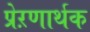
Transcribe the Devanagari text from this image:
प्रेऱणार्थक